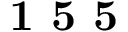
\mathrm { \textbf { 1 5 5 } }